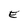
Character: E